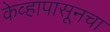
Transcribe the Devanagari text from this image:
केव्हापासूनचा